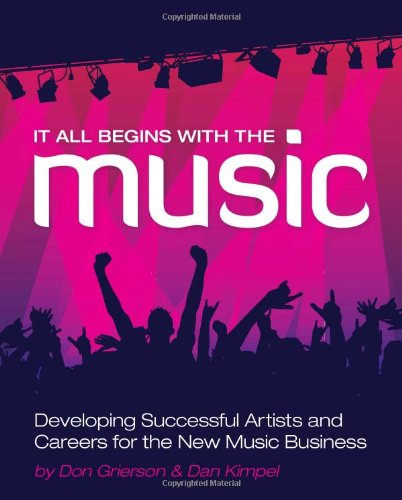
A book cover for It All Begins with the Music: Developing Successful Artists for the New Music Business; Don Grierson; Computers & Technology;